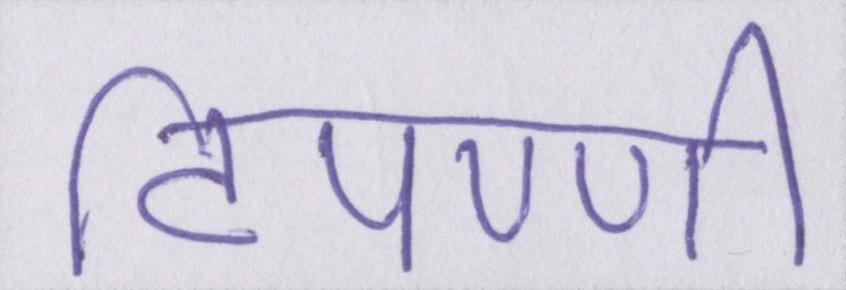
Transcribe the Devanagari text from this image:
टिपण्णी